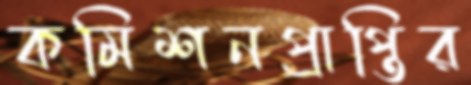
কমিশনপ্রাপ্তির